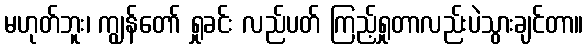
မဟုတ်ဘူး၊ ကျွန်တော် ရှုခင်း လည်ပတ် ကြည့်ရှုတာလည်းပဲသွားချင်တာ။